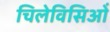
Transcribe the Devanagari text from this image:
चिलेविसिओं